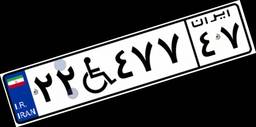
۲۲W۴۷۷۴۷